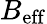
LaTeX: B_{\mathrm{eff}}